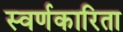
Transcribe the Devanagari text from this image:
स्वर्णकारिता